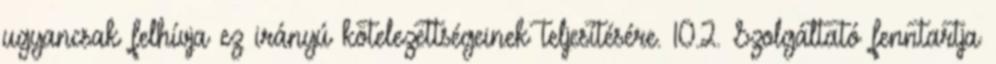
ugyancsak felhívja ez irányú kötelezettségeinek teljesítésére. 10.2. Szolgáltató fenntartja